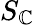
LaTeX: S_{\mathbb{C}}